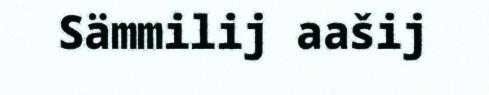
Sämmilij aašij